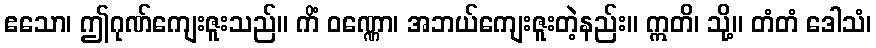
ဧသော၊ ဤဂုဏ်ကျေးဇူးသည်။ ကိံ ဝဏ္ဏော၊ အဘယ်ကျေးဇူးတဲ့နည်း။ ဣတိ၊ သို့။ တံတံ ဒေါသံ၊